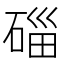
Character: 𥓲